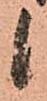
候